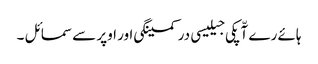
ہائے رے آّپکی جیلیسی در کمینگی اور اوپر سے سمائل ۔